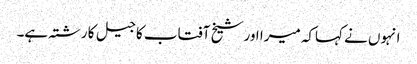
انہوں نے کہاکہ میرا اور شیخ آفتاب کا جیل کا رشتہ ہے۔